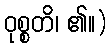
ဝုစ္စတိ၊ ၏။)